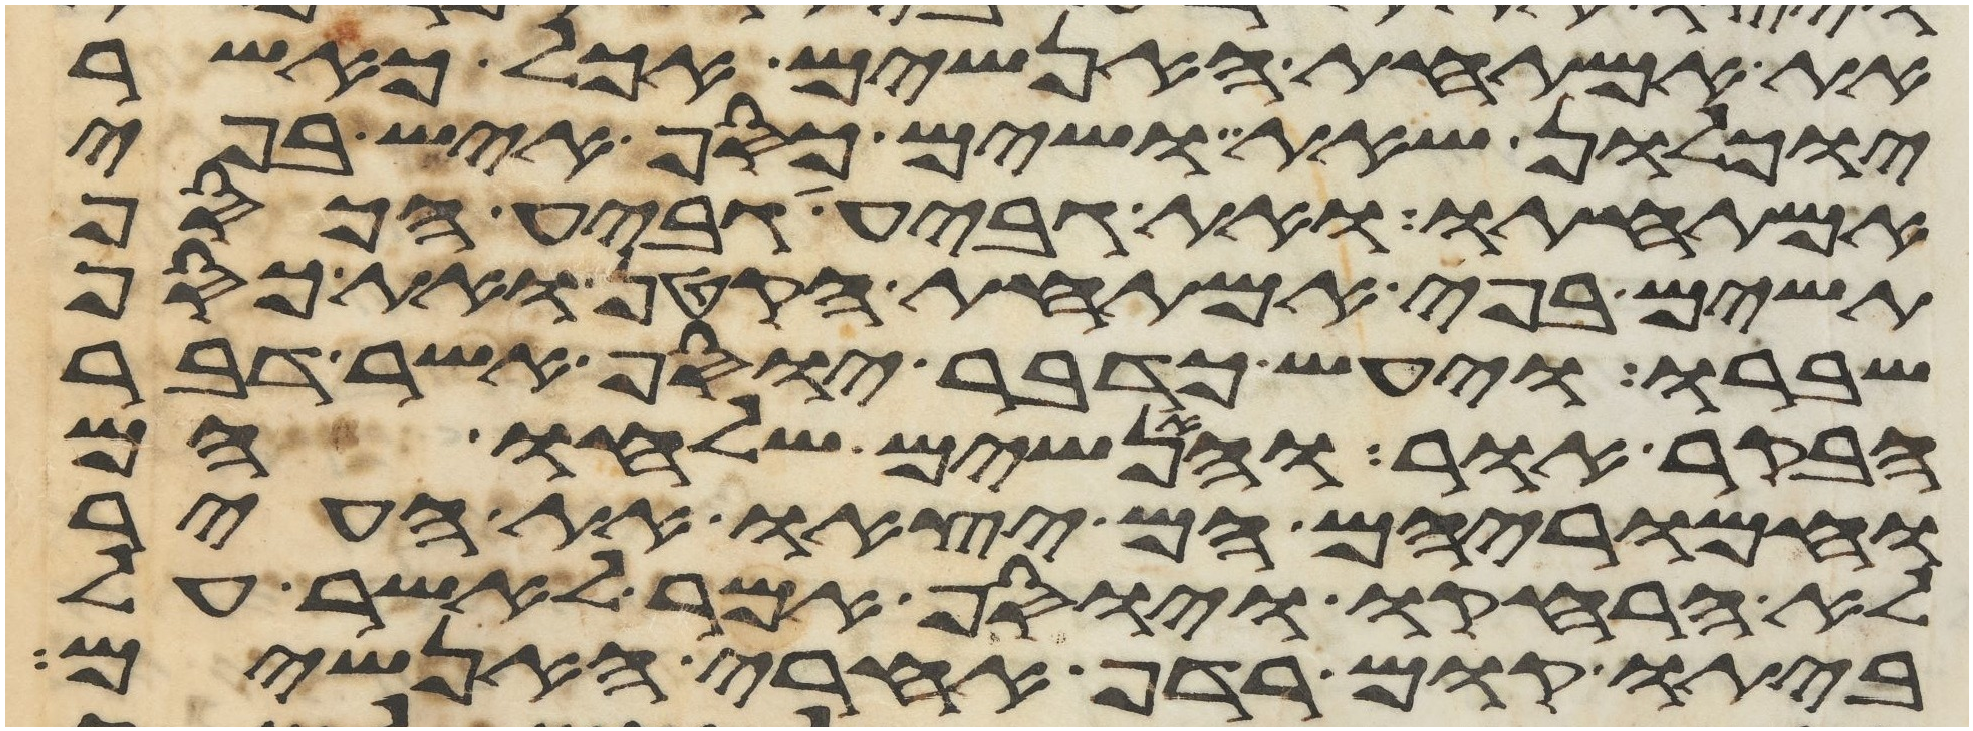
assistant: את אמתחת האנשים אכל כאשר
יוכלון שאת ושים כסף איש בפי
אמתחתו ואת גביע גביע הכסף
תשים בפי אמתחת הקטן ואת כסף
שברו ויעש כדבר יוסף אשר דבר
הבקר אור והאנשים שלחו הם
וחמריהם הם יצאו את העיר
לא הרחיקו ויוסף אמר לאשר על
ביתו קום רדף אחרי האנשים